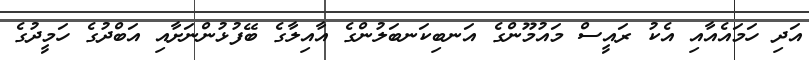
އަދި ހަމައެއާއި އެކު ރައީސް މައުމޫންގެ އަނބިކަނބަލުންގެ އާއިލާގެ ބޭފުޅުންނަށާއި އަބްދުގެ ހަމީދުގެ